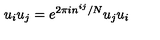
u _ { i } u _ { j } = e ^ { 2 \pi i n ^ { i j } / N } u _ { j } u _ { i }